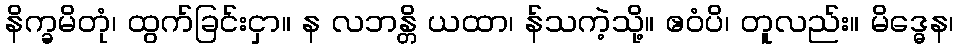
နိက္ခမိတုံ၊ ထွက်ခြင်းငှာ။ န လဘန္တိ ယထာ၊ န်သကဲ့သို့။ ဧဝံပိ၊ တူလည်း။ မိဒ္ဓေန၊